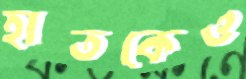
হাতকেও